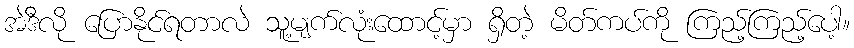
အဲဒီလို ပြောနိုင်ရတာလဲ သူ့မျက်လုံးထောင့်မှာ ရှိတဲ့ မိတ်ကပ်ကို ကြည့်ကြည့်ပေါ့။